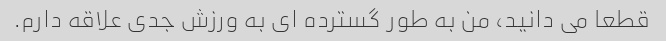
قطعا می دانید، من به طور گسترده ای به ورزش جدی علاقه دارم.